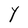
Character: Y